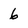
Character: 6